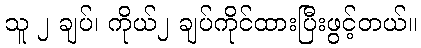
သူ ၂ ချပ်၊ ကိုယ်၂ ချပ်ကိုင်ထားပြီးဖွင့်တယ်။